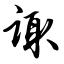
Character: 诹